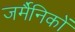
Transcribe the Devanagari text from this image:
जर्मैनिकों